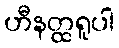
ဟီနတ္ထရူပါ